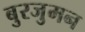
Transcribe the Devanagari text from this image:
बुरजुमन